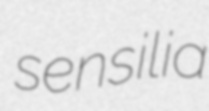
sensilia